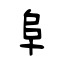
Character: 阜